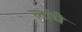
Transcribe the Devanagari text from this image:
लांघे